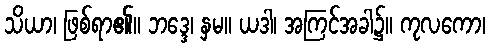
သိယာ၊ ဖြစ်ရာ၏။ ဘဒ္ဒေ၊ နှမ။ ယဒါ၊ အကြင်အခါ၌။ ကုလကော၊